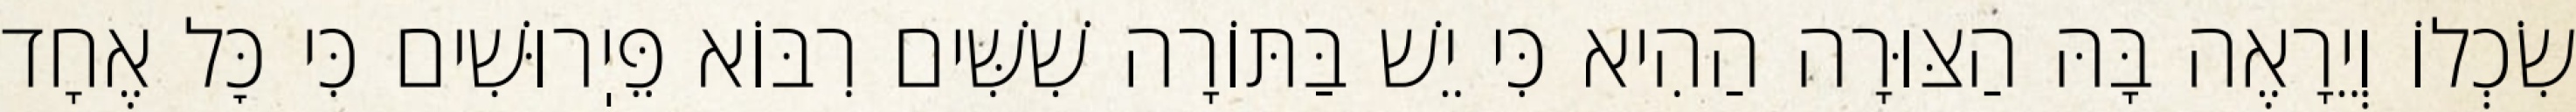
שִׂכְלוֹ וְיֵרָאֶה בָּהּ הַצּוּרָה הַהִיא כִּי יֵשׁ בַּתּוֹרָה שִׁשִּׁים רִבּוֹא פֵּיֽרוּשִׁים כִּי כׇּל אֶחָד